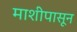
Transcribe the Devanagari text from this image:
माशीपासून